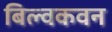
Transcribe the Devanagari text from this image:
बिल्वकवन